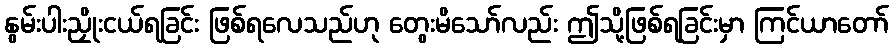
နွမ်းပါးညှိုးငယ်ရခြင်း ဖြစ်ရလေသည်ဟု တွေးမိသော်လည်း ဤသို့ဖြစ်ရခြင်းမှာ ကြင်ယာတော်